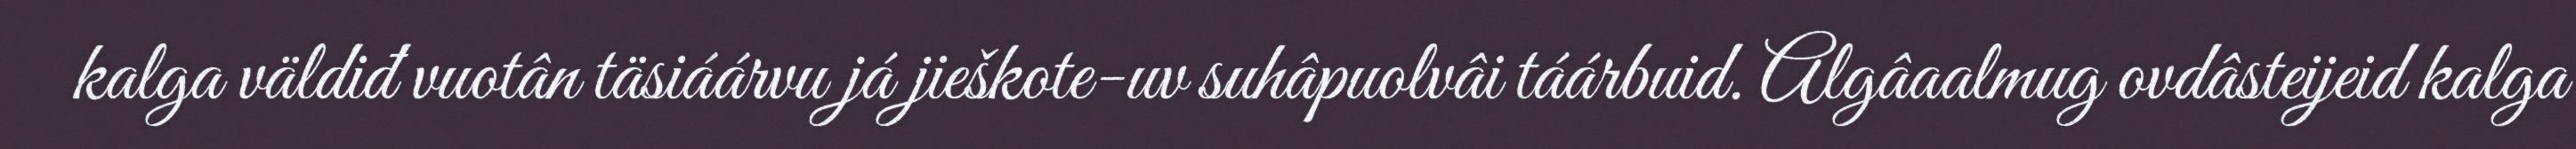
kalga väldiđ vuotân täsiáárvu já jieškote-uv suhâpuolvâi táárbuid. Algâaalmug ovdâsteijeid kalga